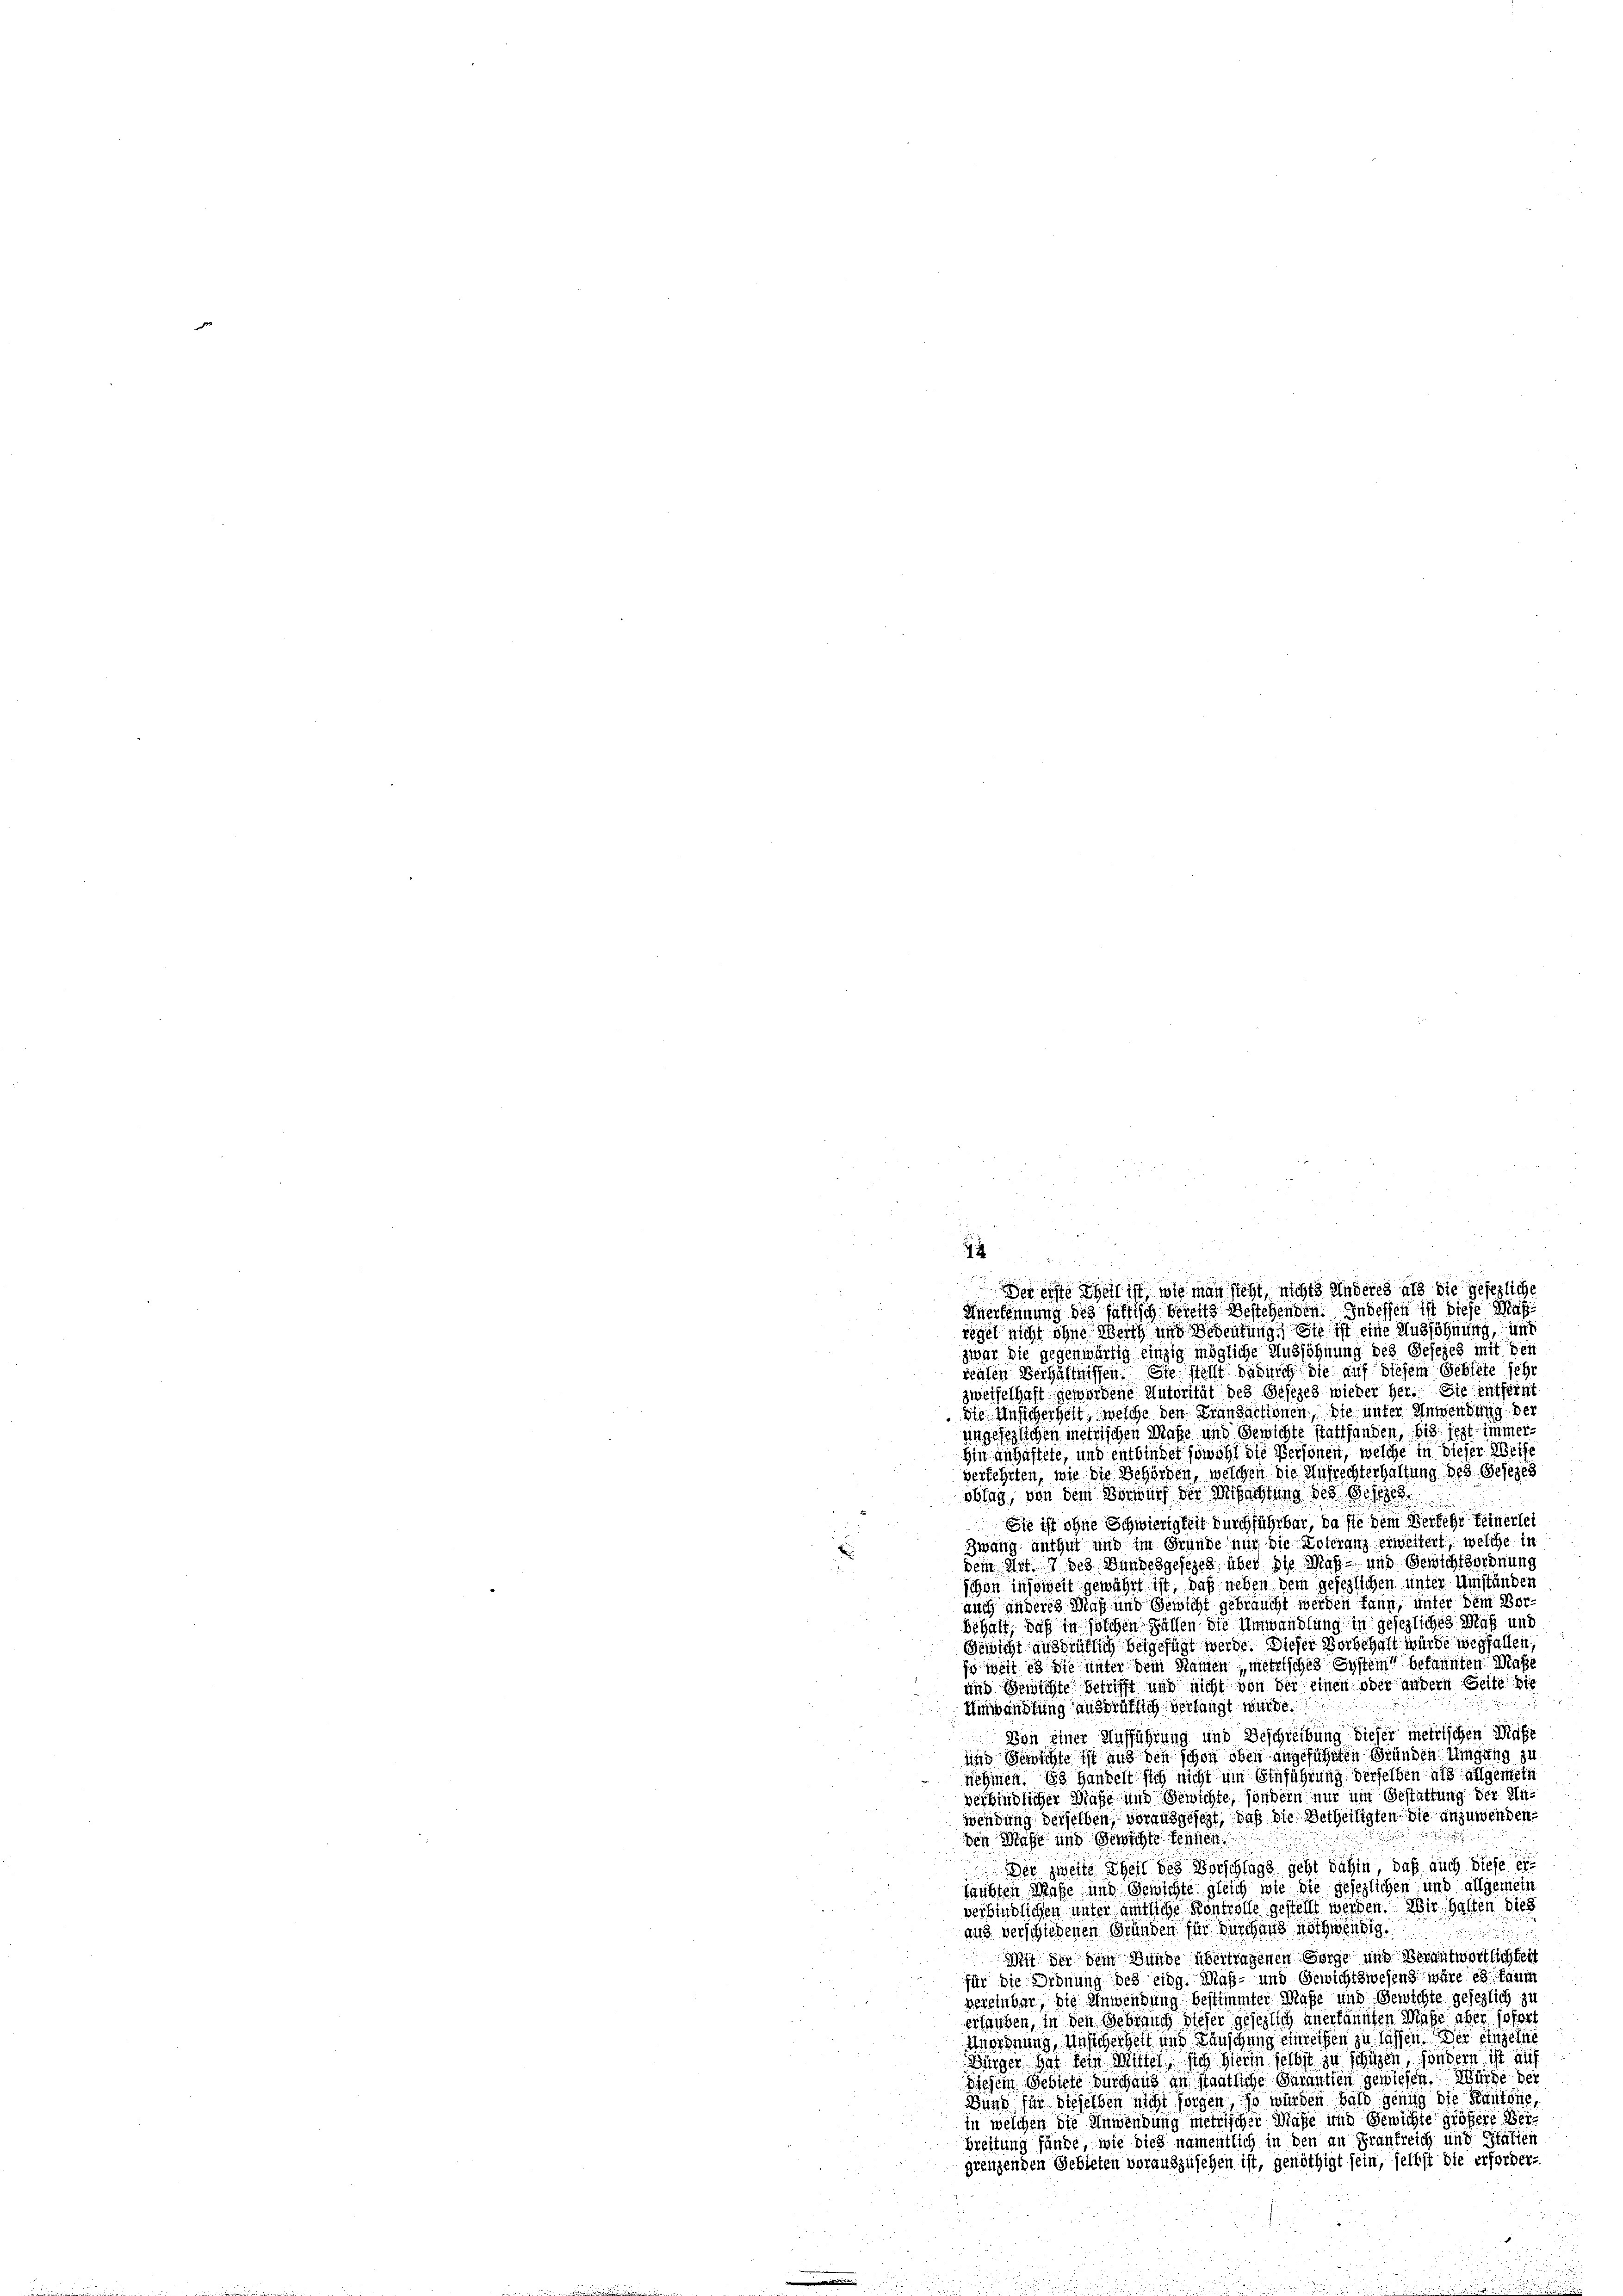
zwar die gegenwärtig einzig mögliche Aussöhnung des Gesezes mit den
realen Verhältnissen. Sie stellt dadurch die auf diesem Gebiete sehr
zweifelhaft gewordene Autorität des Gesezes wieder her. Sie entfernt
die Ansicherheit, welche den Transactionen, die unter Anwendung der
ungesezlichen metrischen Maße und Gewichte stattfanden, bis jezt immerhin anhaftete, und entbindet sowohl die Personen, welche in dieser Weise
verkehrten, wie die Behörden, welchen die Aufrechterhaltung des Gesezes
oblag, von dem Vorwurf der Machtung des Gese
Si ist ohne Schwierigkeit durchführbar, da sie dem Verkehr feinerlei
Zwang anthut und im Grunde nur die Toleranz erweitert, welche in
dem Art. 7 des Bundesgesezes über die Maß- und Gewichtsordnung
Schon insoweit gewährt ist, daß neben dem gesezlichen unter Umständen
auch anderes Maß und Gewicht gebraucht werden kann, unter dem Vorbehalt, daß in solchen Gallen die Umwandlung in gesezliches Maß und
Gewicht ausdrüklich beigefügt werde. Dieser Vorbehalt würde wegfallen,
jo wart in die unter dem Namen, metrisches System bekannten Maße
und Gewichte betrifft und nicht von der einen oder andern Gelte die
Umwandlung ausdrüklich verlangt würde.
Von einer Aufführung und Beschreibung dieser metrischen Masse
und Berichte ist aus der schon oben angeführten Ständen Ungung zu
nehmen. Es handelt sich nicht um Einführung derselben als allgemein
verbindlicher Maße und Gewichte, sondern nur um Gestattung der Unwendung derselben vorausgesezt, daß die Betheiligten die anzuwenden,
den Maße und Gewichte kennen
Der zweite Theil des Vorschlags geht dahin, daß auch diese ei
laubten Maße und Gewichte gleich wie die gesezlichen und allgemein
verbindlichen unter amtliche Kontrolle gestellt werden. Wir halten dies
aus verschiedenen Gründen für durchung nothwendig.

Mit der dem Bunde übertragenen Sorge und Verantwortlichkeit
für die Ordnung des eidg. Maß- und Gewichtswesen wäre es kaum
vereinbar, die Anwendung bestimmter Maße und Gewichte gesezlich zu
erlauben, in den Gebrauch dieser gesezlich anerkannten Masse aber sofort
Anordnung, Unsicherheit und Wünschung einrechen zu lassen. Der einzelne
Bürger hat kein Mittel, sich hierin selbst zu schüzen sondern ist auf
Diesem Gebiete durchaus an staatliche Sarantien gewiesen. Würde der
Wird für dieselben nicht sorgen, so würden bald genug die Kantone,
in welchen die Anwendung metrischer Maße und Gewichte größere Ver¬
Breitung fände, wie dies namentlich in den an Frankreich und Statien
grenzenden Gebieten vorauszusehen ist, genöthigt sein, selbst die erforder-

4
Der of theil ist, wie man sieht, nichts Anderes als die Gesezliche
Anerkennung des fältisch bereits bestehenden. In dessen ist diese Maßregel nicht ohne Weith und Bedeutung. Sie ist eine Aussöhnung, und